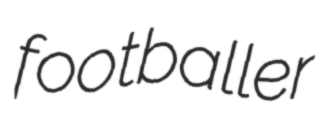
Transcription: footballer